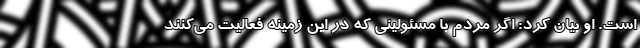
است. او بیان کرد: اگر مردم با مسئولینی که در این زمینه فعالیت می‌کنند